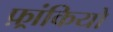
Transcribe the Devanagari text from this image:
फ़्रांकियो